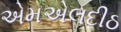
એમએલદીઠ